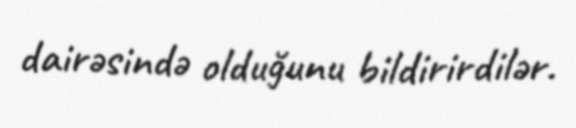
dairəsində olduğunu bildirirdilər.